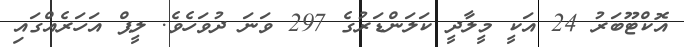
އޮކްޓޫބަރު 24 އަކީ މީލާދީ ކަލަންޑަރުގެ 297 ވަނަ ދުވަހެވެ. ލީޕް އަހަރެއްގައި